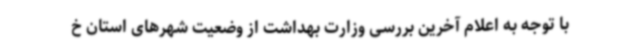
با توجه به اعلام آخرین بررسی وزارت بهداشت از وضعیت شهرهای استان خ